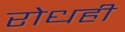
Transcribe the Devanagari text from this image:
रोधही